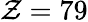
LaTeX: \mathcal{Z}=79